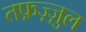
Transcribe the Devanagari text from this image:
तफ़ज़्ज़ुल